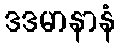
ဒဒမာနာနံ